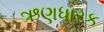
ઋણધારક